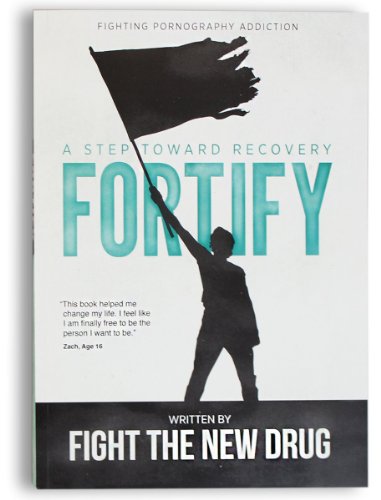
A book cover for Fortify: A Step Toward Recovery; Fight the New Drug; Politics & Social Sciences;